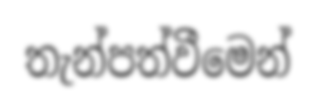
තැන්පත්වීමෙන්